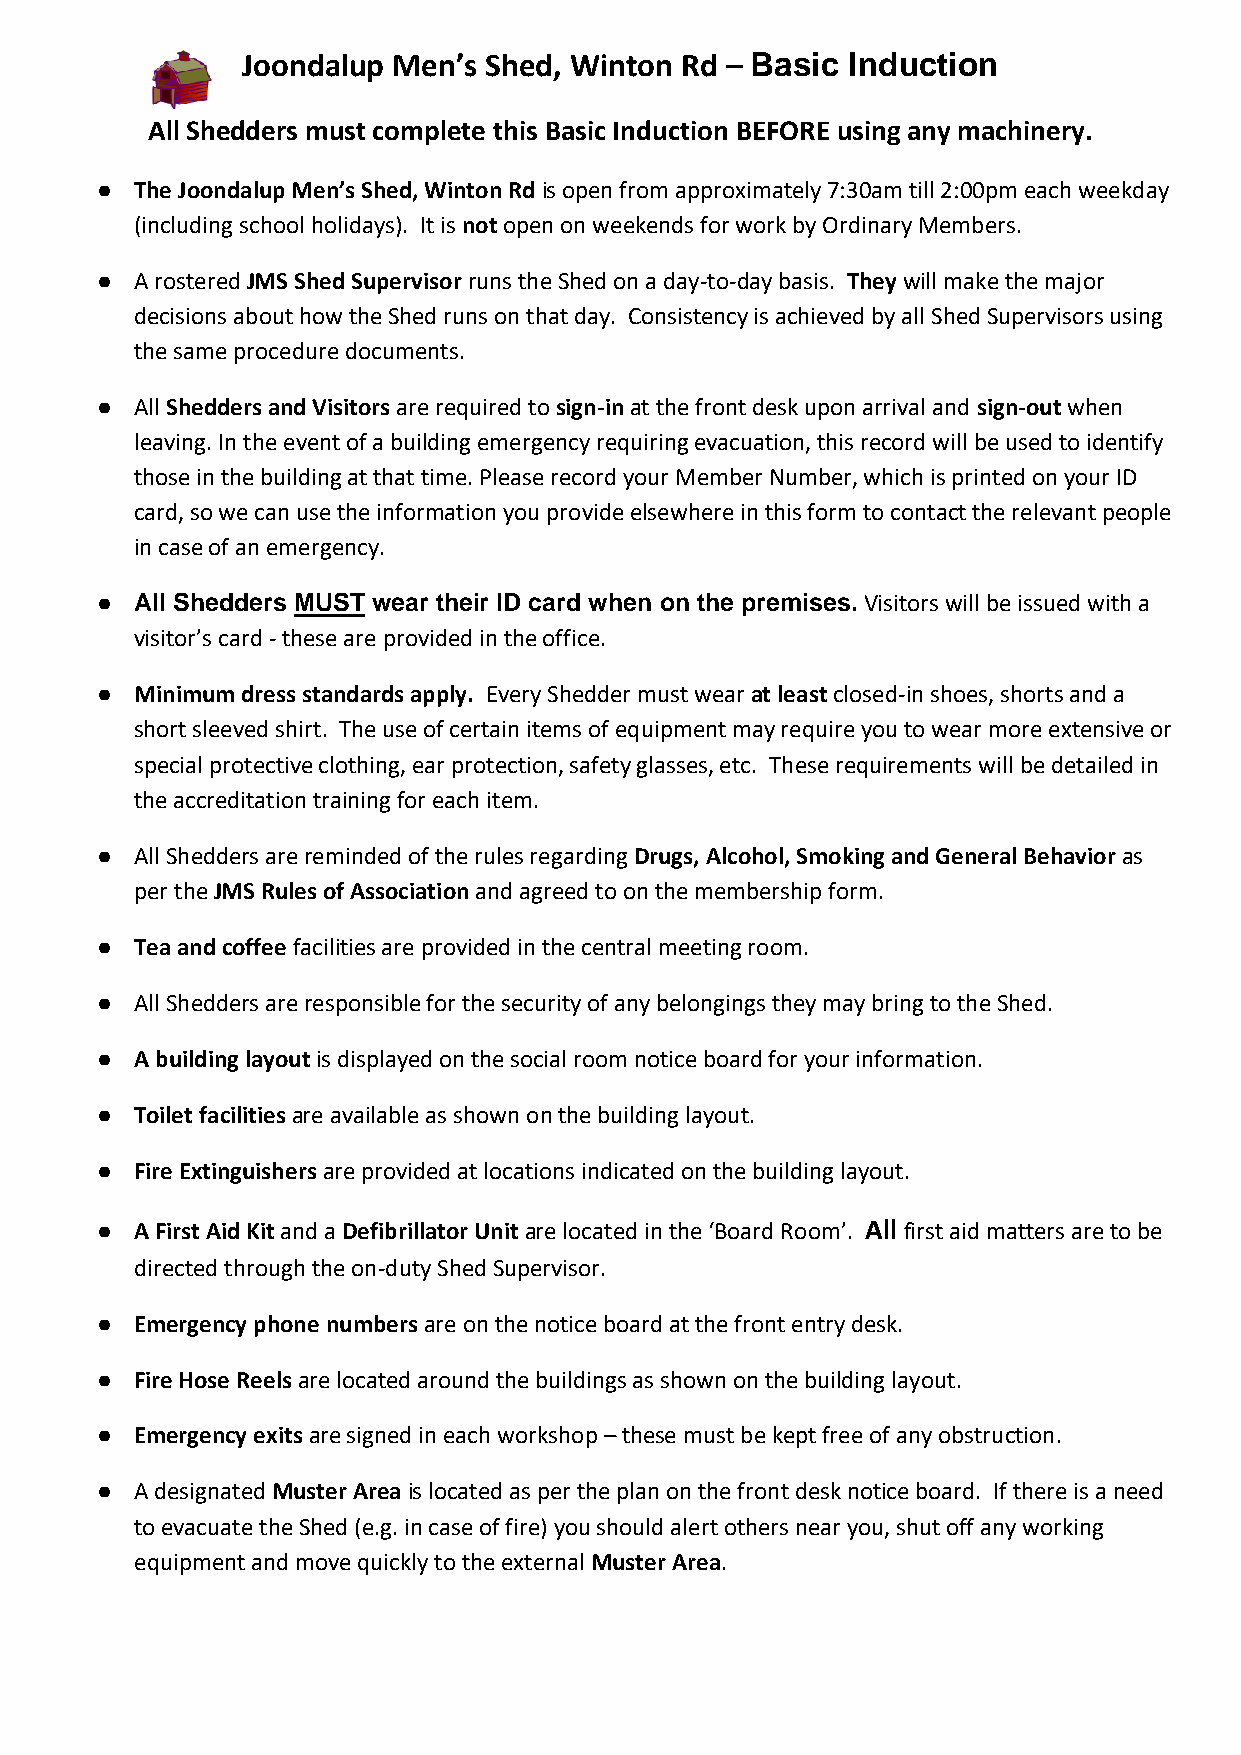
Joondalup Men’s Shed, Winton Rd – Basic Induction
 All Shedders must complete this Basic Induction BEFORE using any machinery.
 ●  The Joondalup Men’s Shed, Winton Rd is open from approximately 7:30am till 2:00pm each weekday
 (including school holidays). It is not open on weekends for work by Ordinary Members.
 ●  A rostered JMS Shed Supervisor runs the Shed on a day-to-day basis. They will make the major
 decisions about how the Shed runs on that day. Consistency is achieved by all Shed Supervisors using
 the same procedure documents.
 ●  All Shedders and Visitors are required to sign-in at the front desk upon arrival and sign-out when
 leaving. In the event of a building emergency requiring evacuation, this record will be used to identify
 those in the building at that time. Please record your Member Number, which is printed on your ID
 card, so we can use the information you provide elsewhere in this form to contact the relevant people
 in case of an emergency.
 ●  All Shedders MUST wear their ID card when on the premises. Visitors will be issued with a
 visitor’s card - these are provided in the office.
 ●  Minimum dress standards apply. Every Shedder must wear at least closed-in shoes, shorts and a
 short sleeved shirt. The use of certain items of equipment may require you to wear more extensive or
 special protective clothing, ear protection, safety glasses, etc. These requirements will be detailed in
 the accreditation training for each item.
 ●  All Shedders are reminded of the rules regarding Drugs, Alcohol, Smoking and General Behavior as
 per the JMS Rules of Association and agreed to on the membership form.
 ●  Tea and coffee facilities are provided in the central meeting room.
 ●  All Shedders are responsible for the security of any belongings they may bring to the Shed.
 ●  A building layout is displayed on the social room notice board for your information.
 ●  Toilet facilities are available as shown on the building layout.
 ●  Fire Extinguishers are provided at locations indicated on the building layout.
 ●  A First Aid Kit and a Defibrillator Unit are located in the ‘Board Room’. All first aid matters are to be
 directed through the on-duty Shed Supervisor.
 ●  Emergency phone numbers are on the notice board at the front entry desk.
 ●  Fire Hose Reels are located around the buildings as shown on the building layout.
 ●  Emergency exits are signed in each workshop – these must be kept free of any obstruction.
 ●  A designated Muster Area is located as per the plan on the front desk notice board. If there is a need
 to evacuate the Shed (e.g. in case of fire) you should alert others near you, shut off any working
 equipment and move quickly to the external Muster Area.